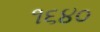
૧૬૪૦